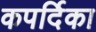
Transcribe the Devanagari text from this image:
कपर्दिका